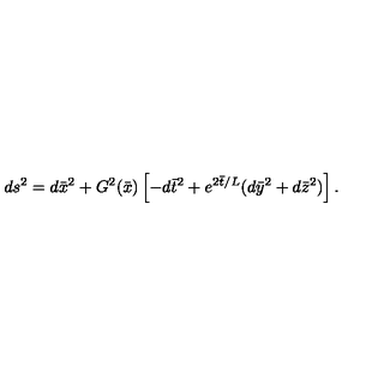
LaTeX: d s ^ { 2 } = d { \bar { x } } ^ { 2 } + G ^ { 2 } ( { \bar { x } } ) \left[ - d { \bar { t } } ^ { 2 } + e ^ { 2 { \bar { t } } / L } ( d { \bar { y } } ^ { 2 } + d { \bar { z } } ^ { 2 } ) \right] .